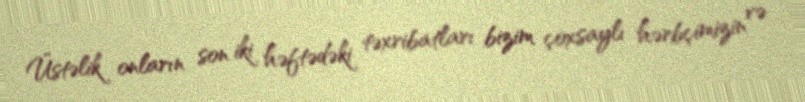
Üstəlik onların son iki həftədəki təxribatları bizim çoxsaylı hərbçimizin və